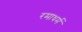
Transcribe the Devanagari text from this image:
रमाधर्म